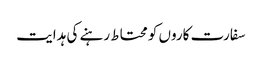
سفارت کاروں کو محتاط رہنے کی ہدایت